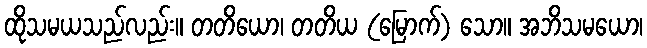
ထိုသမယသည်လည်း။ တတိယော၊ တတိယ (မြောက်) သော။ အဘိသမယော၊